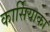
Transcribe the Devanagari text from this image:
कार्सियाका